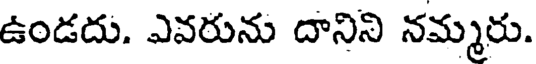
ఉండదు. ఎవరును దానిని నమ్మరు.